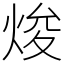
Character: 焌